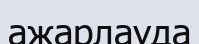
ажарлауда